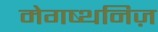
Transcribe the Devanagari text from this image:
मेगष्थनिज़